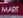
mart